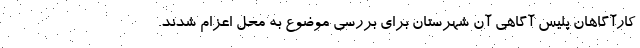
کارآگاهان پلیس آگاهی آن شهرستان برای بررسی موضوع به محل اعزام شدند.